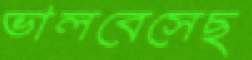
ভালবেসেছ